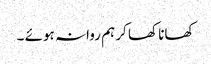
کھانا کھا کر ہم روانہ ہوئے ۔